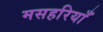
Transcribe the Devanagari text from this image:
मसहरियाँ